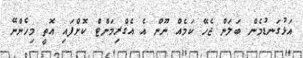
އަޅުގަނޑުމެން ބަލަން ޖެހޭ ކަމެއް ނޫން އެ އެގްރިމަންޓް ކޮށްފައި އޮތީ މިހެންނޭ